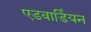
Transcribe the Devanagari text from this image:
एडवार्डियन